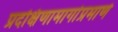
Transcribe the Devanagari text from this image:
प्रदक्षिणामार्गाप्रमाणे